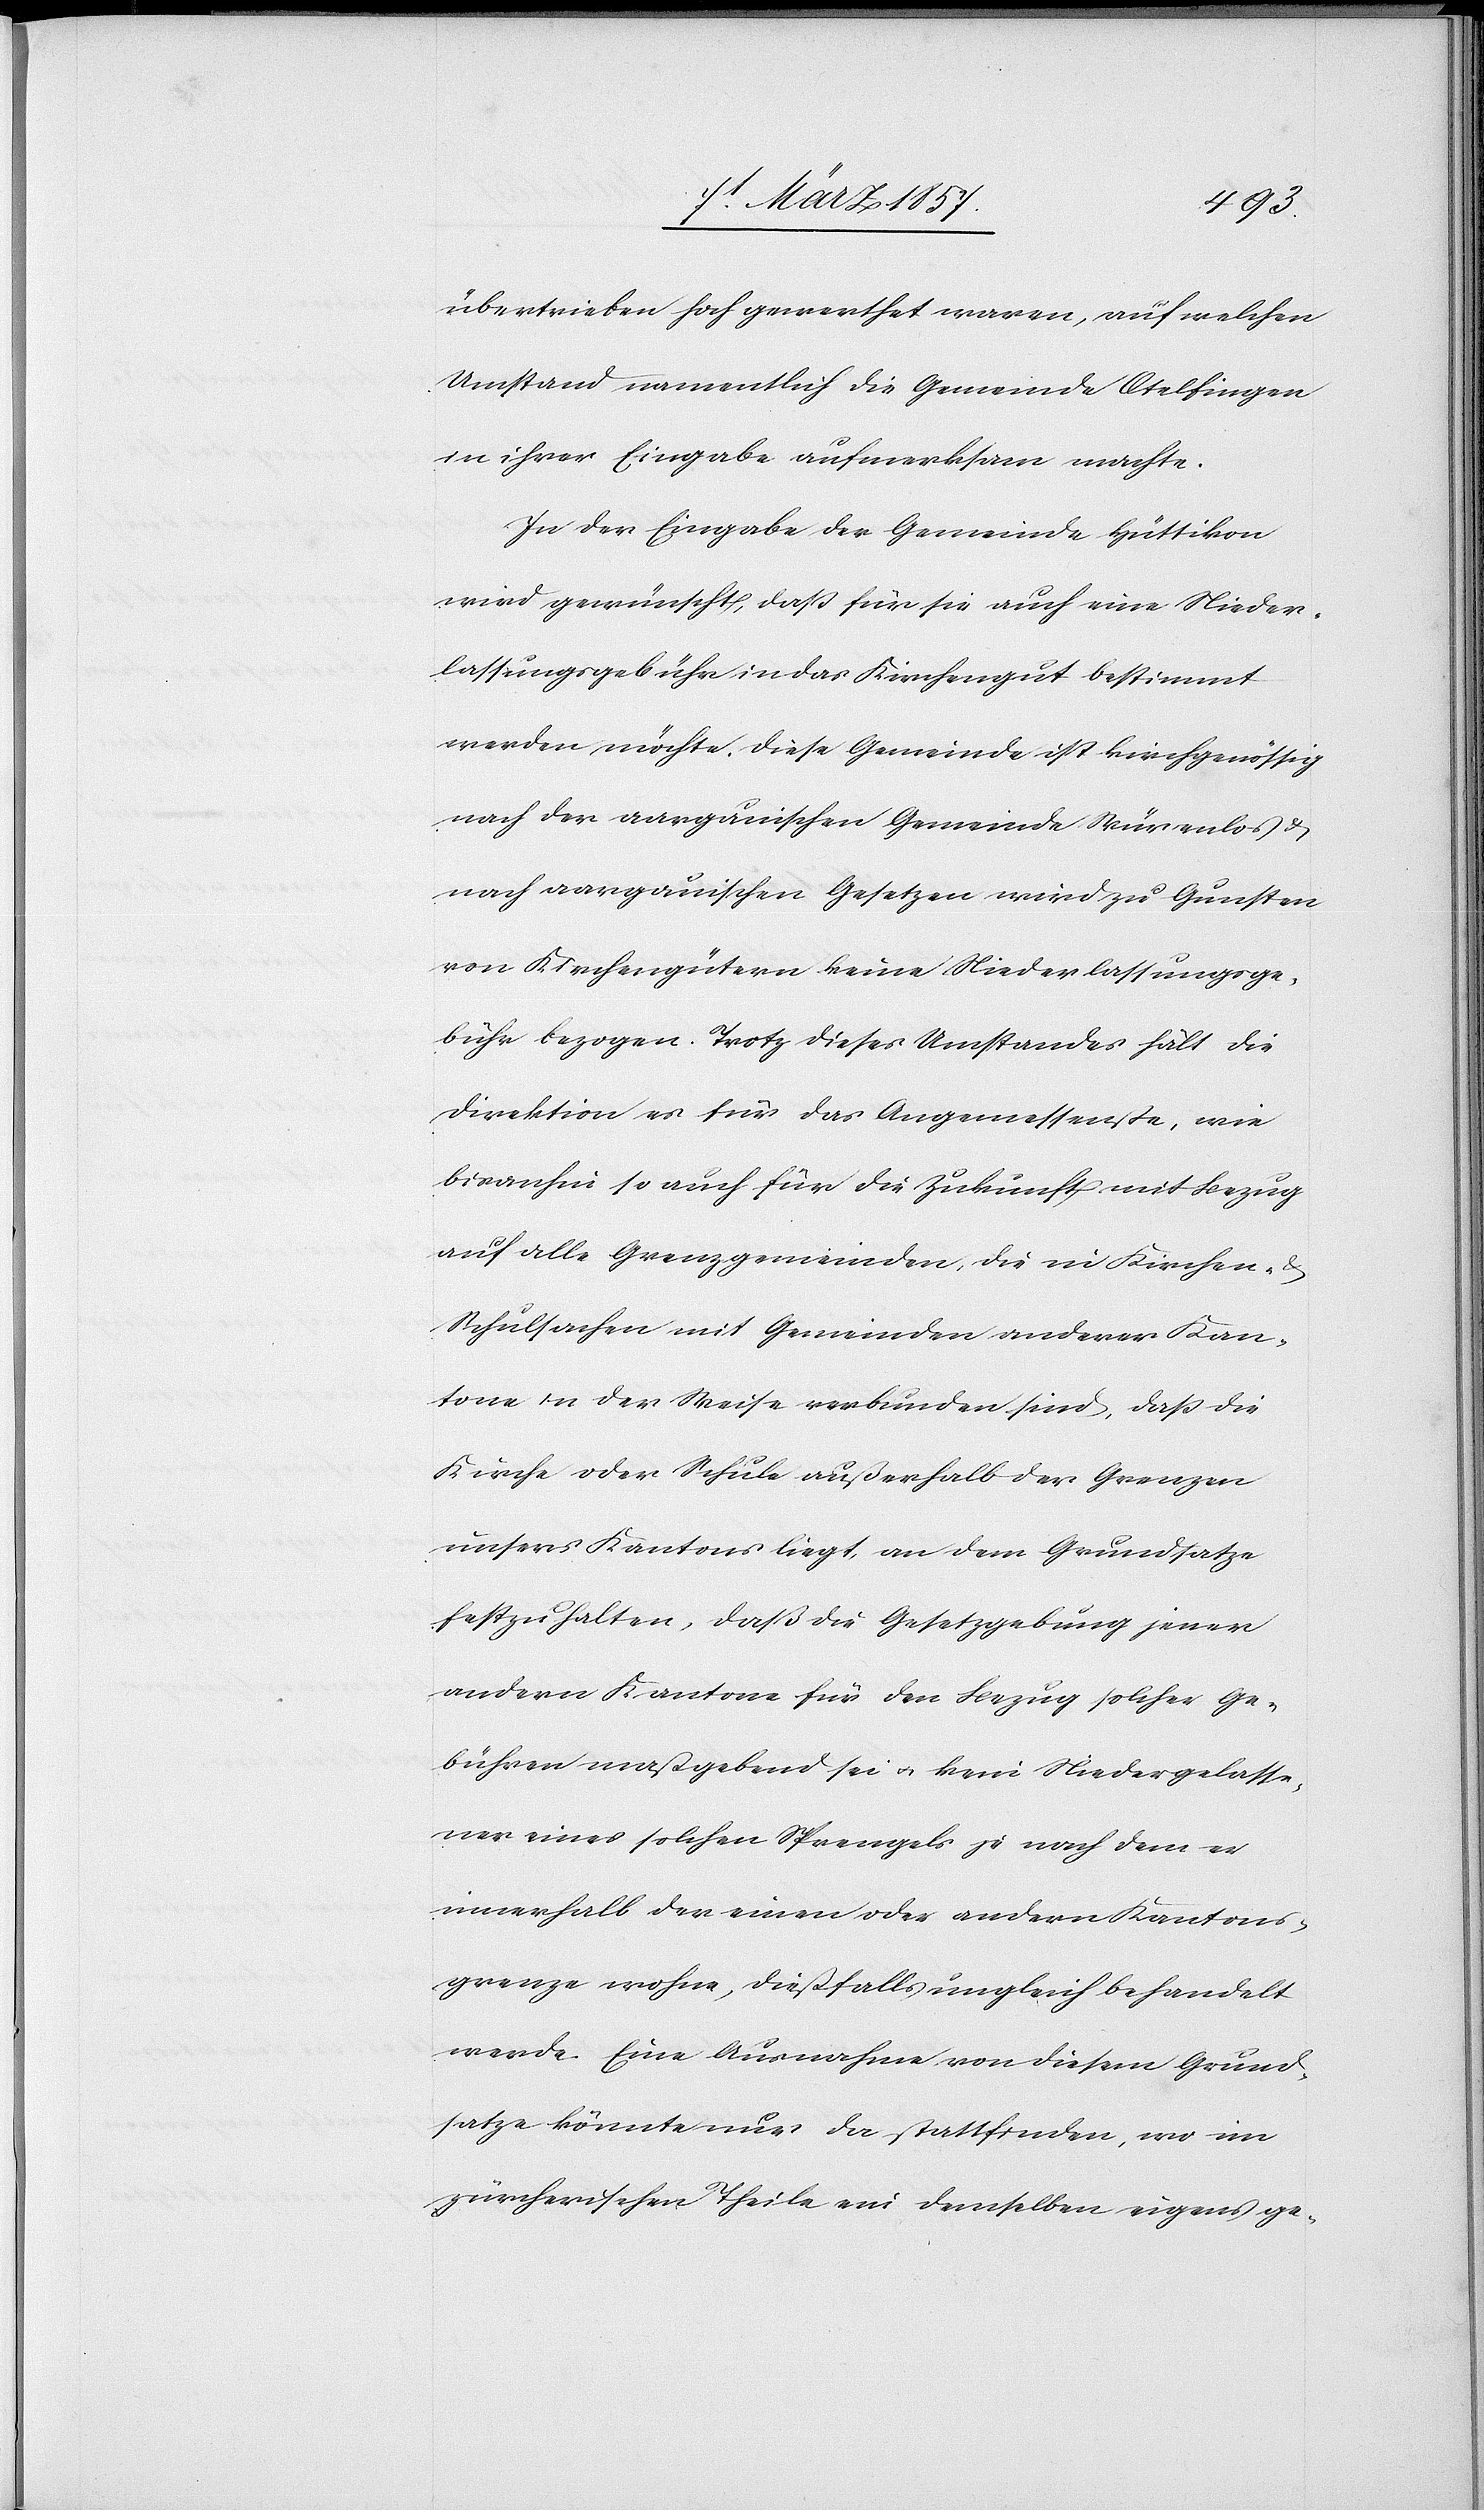
übertrieben hoch gewerthet waren, auf welchen
Umstand namentlich die Gemeinde Otelfingen
in ihrer Eingabe aufmerksam machte.
In der Eingabe der Gemeinde Hüttikon
wird gewünscht, daß für sie auch eine Nieder¬
lassungsgebühr in das Kirchengut bestimmt
werden möchte. Diese Gemeinde ist kirchgenössig
nach der aargauischen Gemeinde Würenlos &
nach aargauischen Gesetzen wird zu Gunsten
von Kirchengütern keine Niederlassungsge¬
bühr bezogen. Trotz dieses Umstandes hält die
Direktion es für das Angemessenste, wie
bisanhin so auch für die Zukunft mit Bezug
auf alle Grenzgemeinden, die in Kirchen-
Schulsachen mit Gemeinden anderer Kan¬
tone in der Weise verbunden sind, daß die
Kirche oder Schule außerhalb der Grenzen
unsers Kantons liegt, an dem Grundsatze
festzuhalten, daß die Gesetzgebung jener
andern Kantone für den Bezug solcher Ge¬
bühren maßgebend sei u. kein Niedergelasse¬
ner eines solchen Sprengels je nach dem er
innerhalb der einen oder andern Kantons¬
grenze wohne, dießfalls ungleich behandelt
werde. Eine Ausnahme von diesem Grund¬
satze könnte nur da stattfinden, wo im
zürcherischen Theile ein demselben eigens ge-